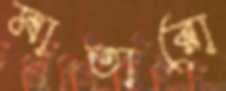
মাতারো